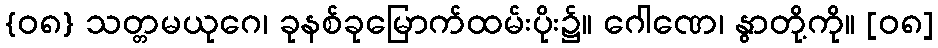
{၀၈} သတ္တမယုဂေ၊ ခုနစ်ခုမြောက်ထမ်းပိုး၌။ ဂေါဏေ၊ နွာတို့ကို။ [၀၈]